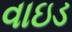
વાઇડ